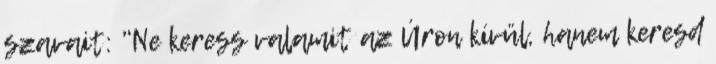
szavait: "Ne keress valamit az Úron kívül, hanem keresd